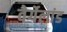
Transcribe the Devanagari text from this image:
वेर्गेलांड